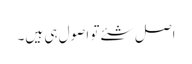
اصل شئے تو اصول ہی ہیں۔